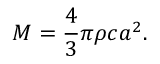
M = { \frac { 4 } { 3 } } \pi \rho c a ^ { 2 } .